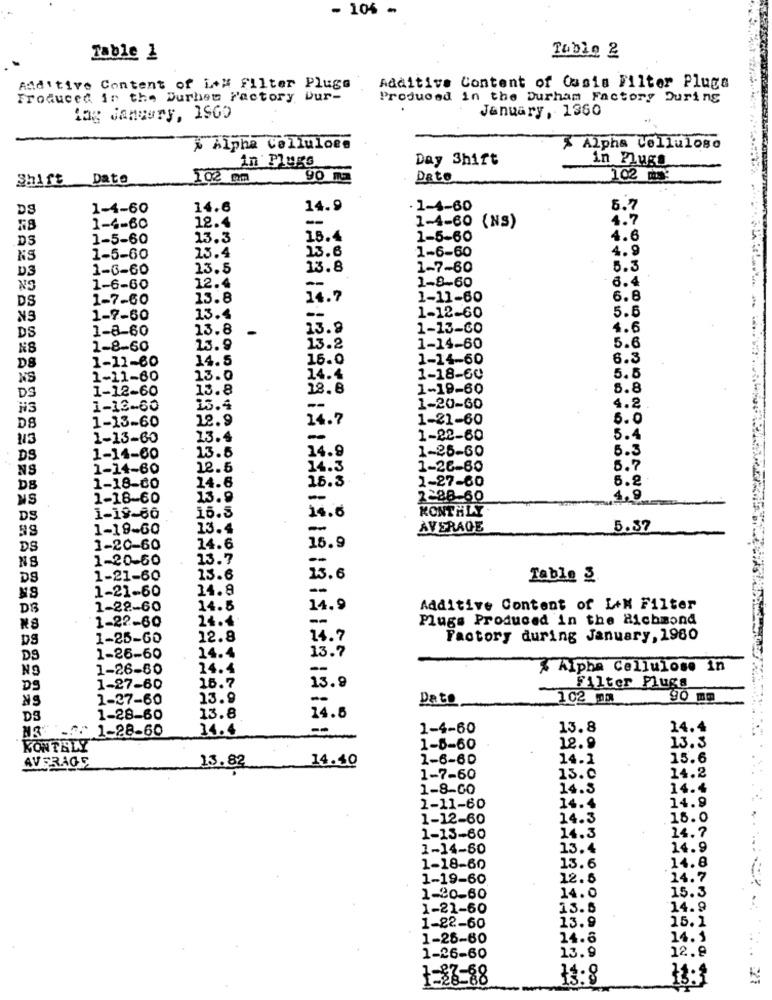
- 104 -
Table 1
Tuble 2
Additive Content of it# filter Plugs
Additive Content of Cusin Filter Plugs
Froduced in the Durhet Factory Dur-
Produced in the Durham Factory During
January, 1360
lag January, 1960
* Alpha celluloen
% Alpha Cellulose
in Plugs
Day Shift
in Plugs
Shift Dato
102 mm
90 m
Dato
102 05
DS
1-4-60
14.6
14.9
. 1-4-60
5.7
--
4.7
1-4-60
12.4
1-4-60 (NS)
DS
1-5-60
13.3
18.4
1-5-60
4.6
23.6
1-6-60
4.9
NS
1-5-60
23.4
D3
1-6-60
13.5
13.8
1-7-60
5.3
1-8-60
6.4
1-6-60
12.4
DS
1-7-60
15.8
14.7
1-11-60
6.8
5.6
NS
1-7-60
13.4
--
1-12-60
DS
1-8-60
13.8
13.9
1-13-60
4.6
NS
1-8-60
23.9
13.2
1-14-60
5.6
1-11-60
14.5
16.0
1-14-60
6.3
DS
NS
1-11-60
13.0
14.4
1-18-60
5.5
DS
1-12-60
13.8
18.8
1-19-60
5.8
H3
1-13-60
15.4
1-20-60
4.2
DS
1-13-60
12.9
14.7
1-21-60
5.0
1-13-60
13.4
-
1-22-60
5.4
14.9
1-25-60
5.3
DS
1-14-60
13.5
NS
1-14-60
12.5
14.3
1-26-80
5.7
1-27-60
5.8
DB
1-18-00
14.6
16.3
NS
1-18-60
13.9
-
2-88-60
4,9
MONTHLY
DS
1-18-66
15.5
14.6
1-19-60
13.4
-
AVERAGE
5.37
DS
1-20-60
14.6
15.9
NS
1-20-60
13.7
--
DS
1-21-60
13.6
13.6
Table 3.
NS
1-21-60
14.8
--
DB
1-22-60
14.5
14.9
Additive Content of L+M Filter
24.4
--
Plugs Produced in the Richmond
1-22-60
DS
1-25-60
12.8
14.7
Factory during January, 1960
D9
1-26-60
14.4
13.7
NO
1-26-80
14.4
% Alpha Cellulose in
DS
1-27-60
15.7
13.9
Filter Pluge
NS
1-27-60
13.9
--
Dato
102 ma
90 mm
DS
1-28-60
13.8
14.5
N3 - 1-28-60
14.4
1-4-60
13.8
14.4
13.3
KONTRLY
1-5-60
12.9
AVERAGE
13.82
14.40
1-6-60
14.1
15.6
1-7-60
13.0
14.2
1-8-00
14.3
14.4
14.9
1-11-60
14.4
1-12-60
14.3
16.0
14.7
1-13-60
14.3
1-14-60
13.4
14.9
1-18-60
13.6
14.8
1-19-60
12.6
14.7
1-20-60
14.0
15.3
1-21-60
13.5
14.9
13.9
1-22-60
15.1
1-25-60
14.6
14.1
12.8
1-26-60
13.9
13:8
1=23-88
13:3